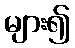
များ၍